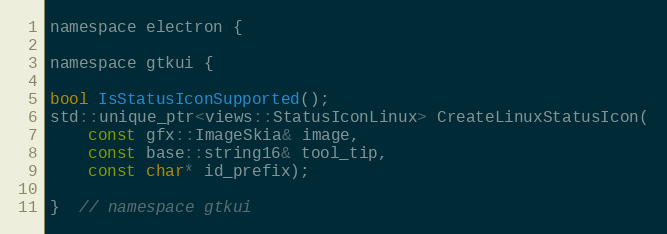
Language: C
namespace electron {

namespace gtkui {

bool IsStatusIconSupported();
std::unique_ptr<views::StatusIconLinux> CreateLinuxStatusIcon(
    const gfx::ImageSkia& image,
    const base::string16& tool_tip,
    const char* id_prefix);

}  // namespace gtkui